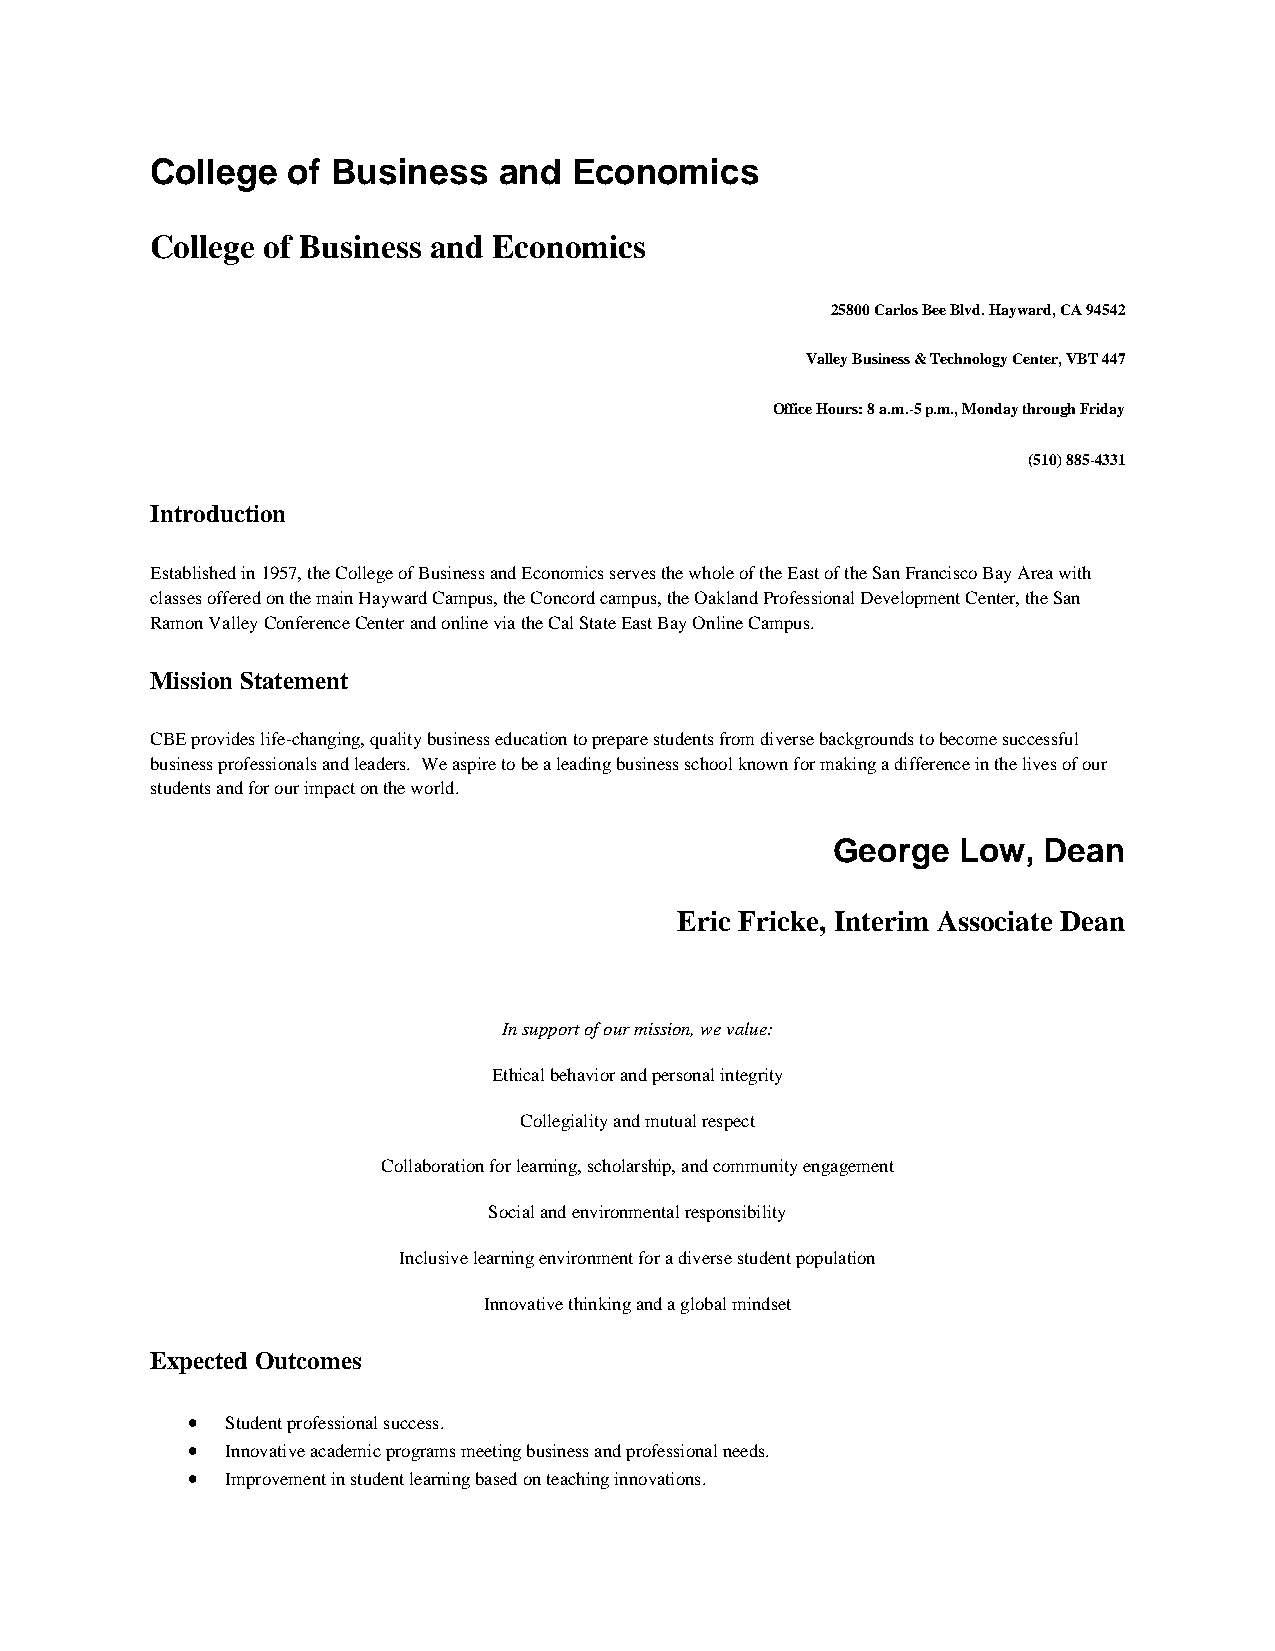
College  of Business   and  Economics
 College of Business and Economics
 25800 Carlos Bee Blvd. Hayward, CA 94542
 Valley Business & Technology Center, VBT 447
 Office Hours: 8 a.m.-5 p.m., Monday through Friday
 (510) 885-4331
 Introduction
 Established in 1957, the College of Business and Economics serves the whole of the East of the San Francisco Bay Area with
 classes offered on the main Hayward Campus, the Concord campus, the Oakland Professional Development Center, the San
 Ramon Valley Conference Center and online via the Cal State East Bay Online Campus.
 Mission Statement
 CBE provides life-changing, quality business education to prepare students from diverse backgrounds to become successful
 business professionals and leaders. We aspire to be a leading business school known for making a difference in the lives of our
 students and for our impact on the world.
 George  Low,  Dean
 Eric Fricke, Interim Associate Dean
 In support of our mission, we value:
 Ethical behavior and personal integrity
 Collegiality and mutual respect
 Collaboration for learning, scholarship, and community engagement
 Social and environmental responsibility
 Inclusive learning environment for a diverse student population
 Innovative thinking and a global mindset
 Expected Outcomes
 •  Student professional success.
 •  Innovative academic programs meeting business and professional needs.
 •  Improvement in student learning based on teaching innovations.